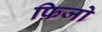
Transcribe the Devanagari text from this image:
फ़िजो